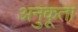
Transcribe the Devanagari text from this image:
अनुकूता